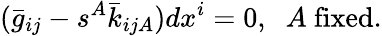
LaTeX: (\bar{g}_{ij}-s^{A}\bar{k}_{ijA})dx^{i}=0,\; \; A\mathrm{~fixed}.